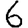
Digit: 6